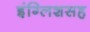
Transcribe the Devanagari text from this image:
इंग्लिशसह